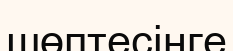
шөптесінге